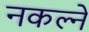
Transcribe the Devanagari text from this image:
नकल्ने